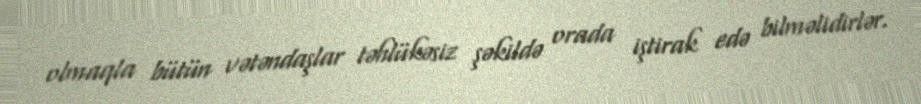
olmaqla bütün vətəndaşlar təhlükəsiz şəkildə orada iştirak edə bilməlidirlər.